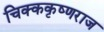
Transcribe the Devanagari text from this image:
चिक्ककृष्णराज